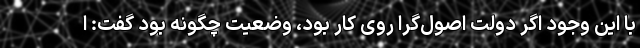
با این وجود اگر دولت اصول‌گرا روی کار بود، وضعیت چگونه بود گفت: ا